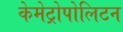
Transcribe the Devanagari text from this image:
केमेट्रोपोलिटन